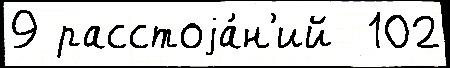
9 расстоjа́н'ий  102